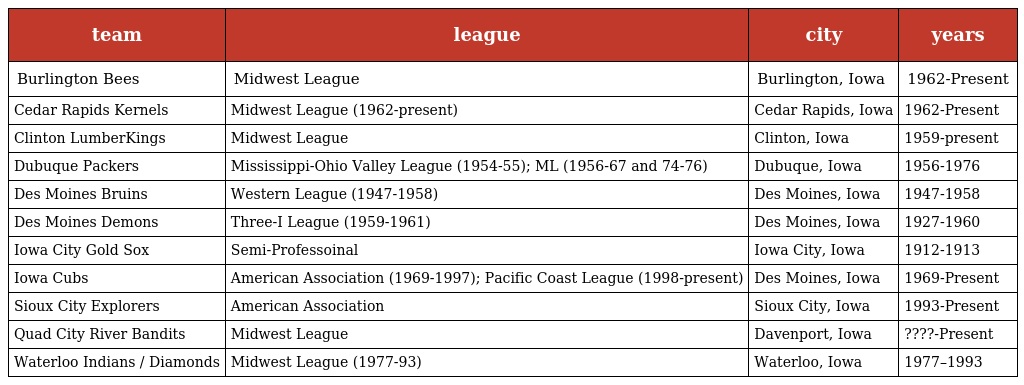
| team | league | city | years |
 | --- | --- | --- | --- |
 | Burlington Bees | Midwest League | Burlington, Iowa | 1962-Present |
 | Cedar Rapids Kernels | Midwest League (1962-present) | Cedar Rapids, Iowa | 1962-Present |
 | Clinton LumberKings | Midwest League | Clinton, Iowa | 1959-present |
 | Dubuque Packers | Mississippi-Ohio Valley League (1954-55); ML (1956-67 and 74-76) | Dubuque, Iowa | 1956-1976 |
 | Des Moines Bruins | Western League (1947-1958) | Des Moines, Iowa | 1947-1958 |
 | Des Moines Demons | Three-I League (1959-1961) | Des Moines, Iowa | 1927-1960 |
 | Iowa City Gold Sox | Semi-Professoinal | Iowa City, Iowa | 1912-1913 |
 | Iowa Cubs | American Association (1969-1997); Pacific Coast League (1998-present) | Des Moines, Iowa | 1969-Present |
 | Sioux City Explorers | American Association | Sioux City, Iowa | 1993-Present |
 | Quad City River Bandits | Midwest League | Davenport, Iowa | ????-Present |
 | Waterloo Indians / Diamonds | Midwest League (1977-93) | Waterloo, Iowa | 1977–1993 |